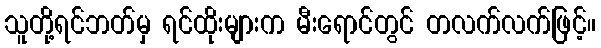
သူတို့ရင်ဘတ်မှ ရင်ထိုးများက မီးရောင်တွင် တလက်လက်ဖြင့်။